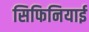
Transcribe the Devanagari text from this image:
सिफिनियाई